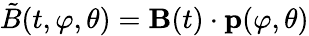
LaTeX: {\tilde{B}}(t,\varphi,\theta)={\mathbf B}(t)\cdot{\mathbf p}(\varphi,\theta)